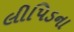
લીપિડના